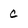
Character: C